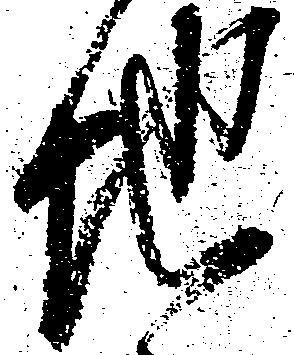
地